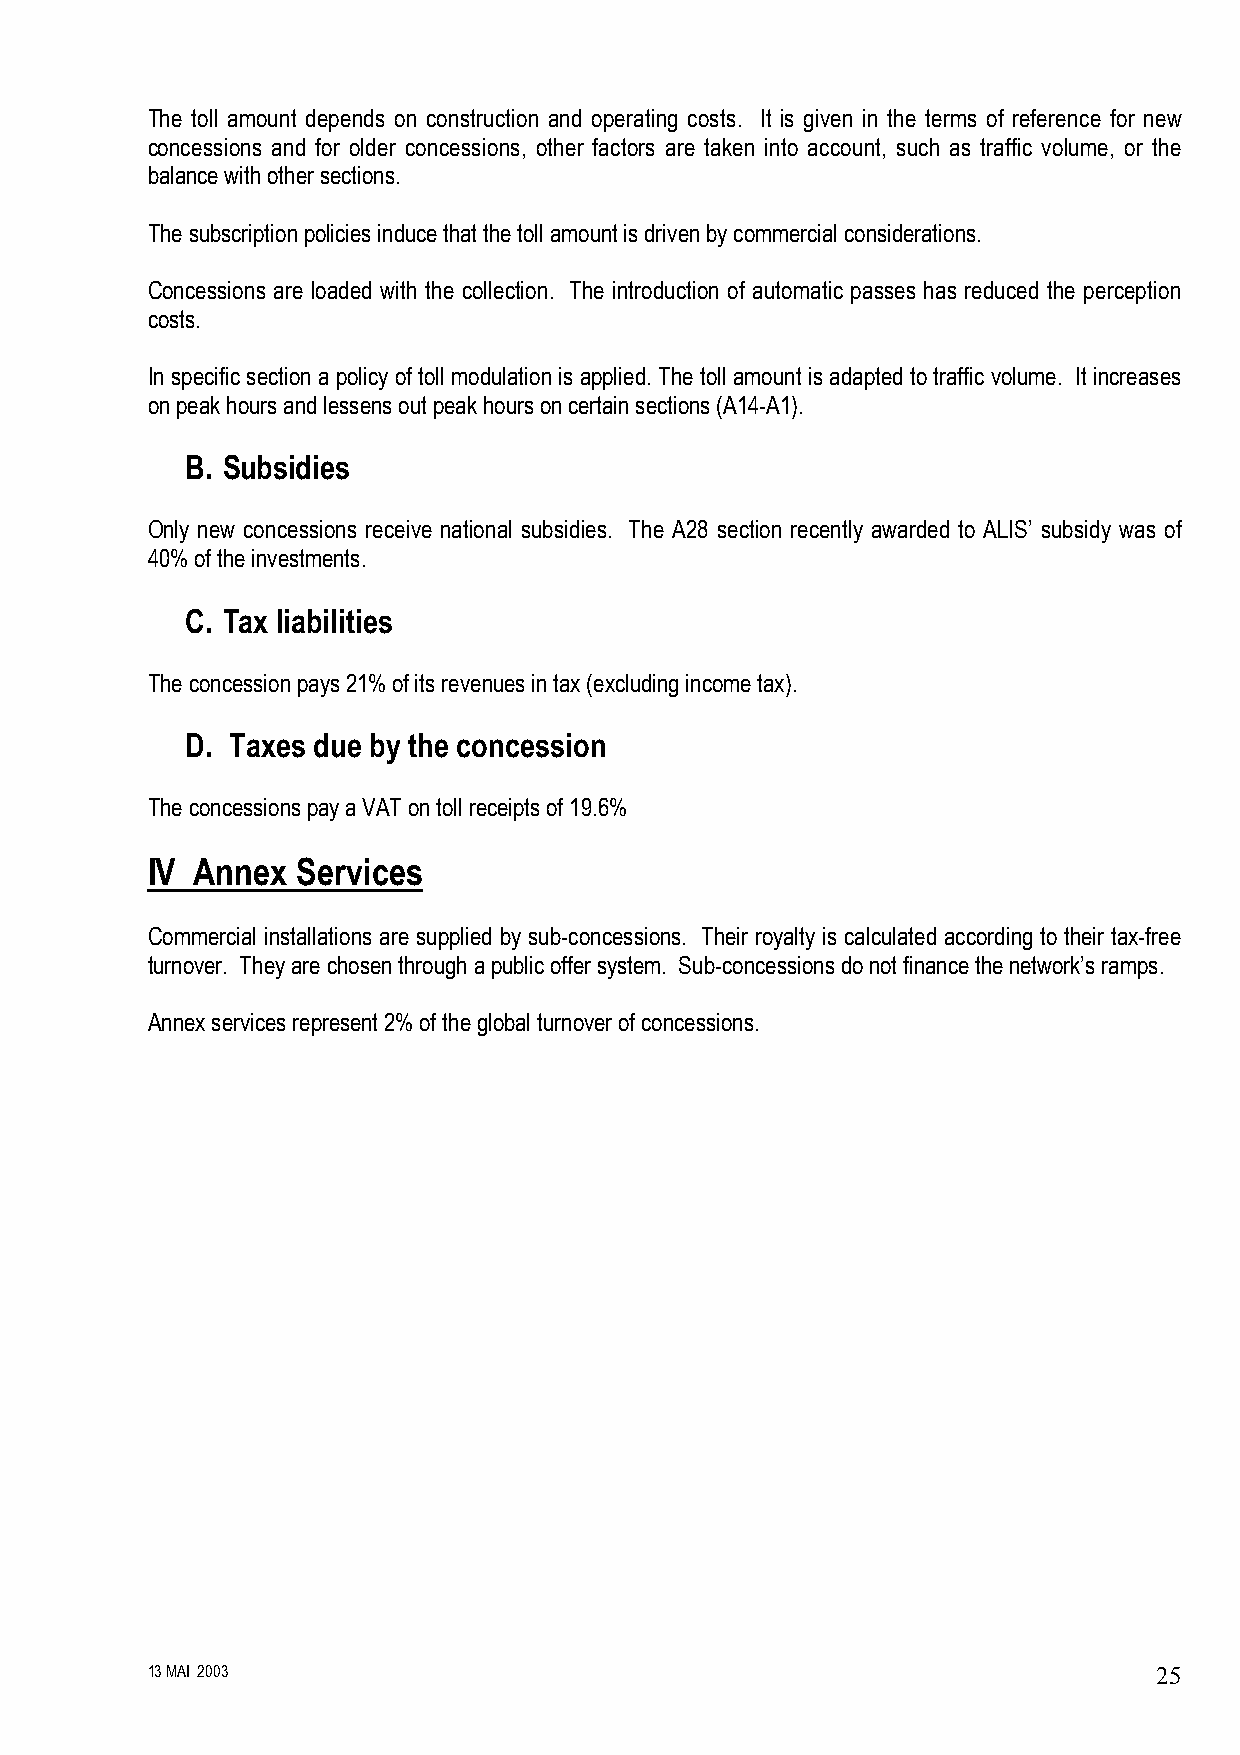
The toll amount depends on construction and operating costs. It is given in the terms of reference for new
 concessions and for older concessions, other factors are taken into account, such as traffic volume, or the
 balance with other sections.
 The subscription policies induce that the toll amount is driven by commercial considerations.
 Concessions are loaded with the collection. The introduction of automatic passes has reduced the perception
 costs.
 In specific section a policy of toll modulation is applied. The toll amount is adapted to traffic volume. It increases
 on peak hours and lessens out peak hours on certain sections (A14-A1).
 B. Subsidies
 Only new concessions receive national subsidies. The A28 section recently awarded to ALIS’ subsidy was of
 40% of the investments.
 C. Tax liabilities
 The concession pays 21% of its revenues in tax (excluding income tax).
 D. Taxes due by the concession
 The concessions pay a VAT on toll receipts of 19.6%
 IV Annex  Services
 Commercial installations are supplied by sub-concessions. Their royalty is calculated according to their tax-free
 turnover. They are chosen through a public offer system. Sub-concessions do not finance the network’s ramps.
 Annex services represent 2% of the global turnover of concessions.
 13 MAI 2003                                                        25